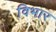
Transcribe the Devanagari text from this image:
विभार